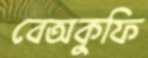
বেঅকুফি